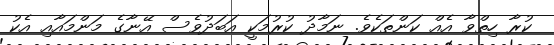
ކުރާ ހިތްވާ އެއް ކަންތަކެވެ. ނަމާދު ކުރުމަކީ އަބަދުވެސް އޭނާގެ މަންމައާއި އެކު